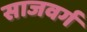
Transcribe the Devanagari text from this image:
साजवर्ग